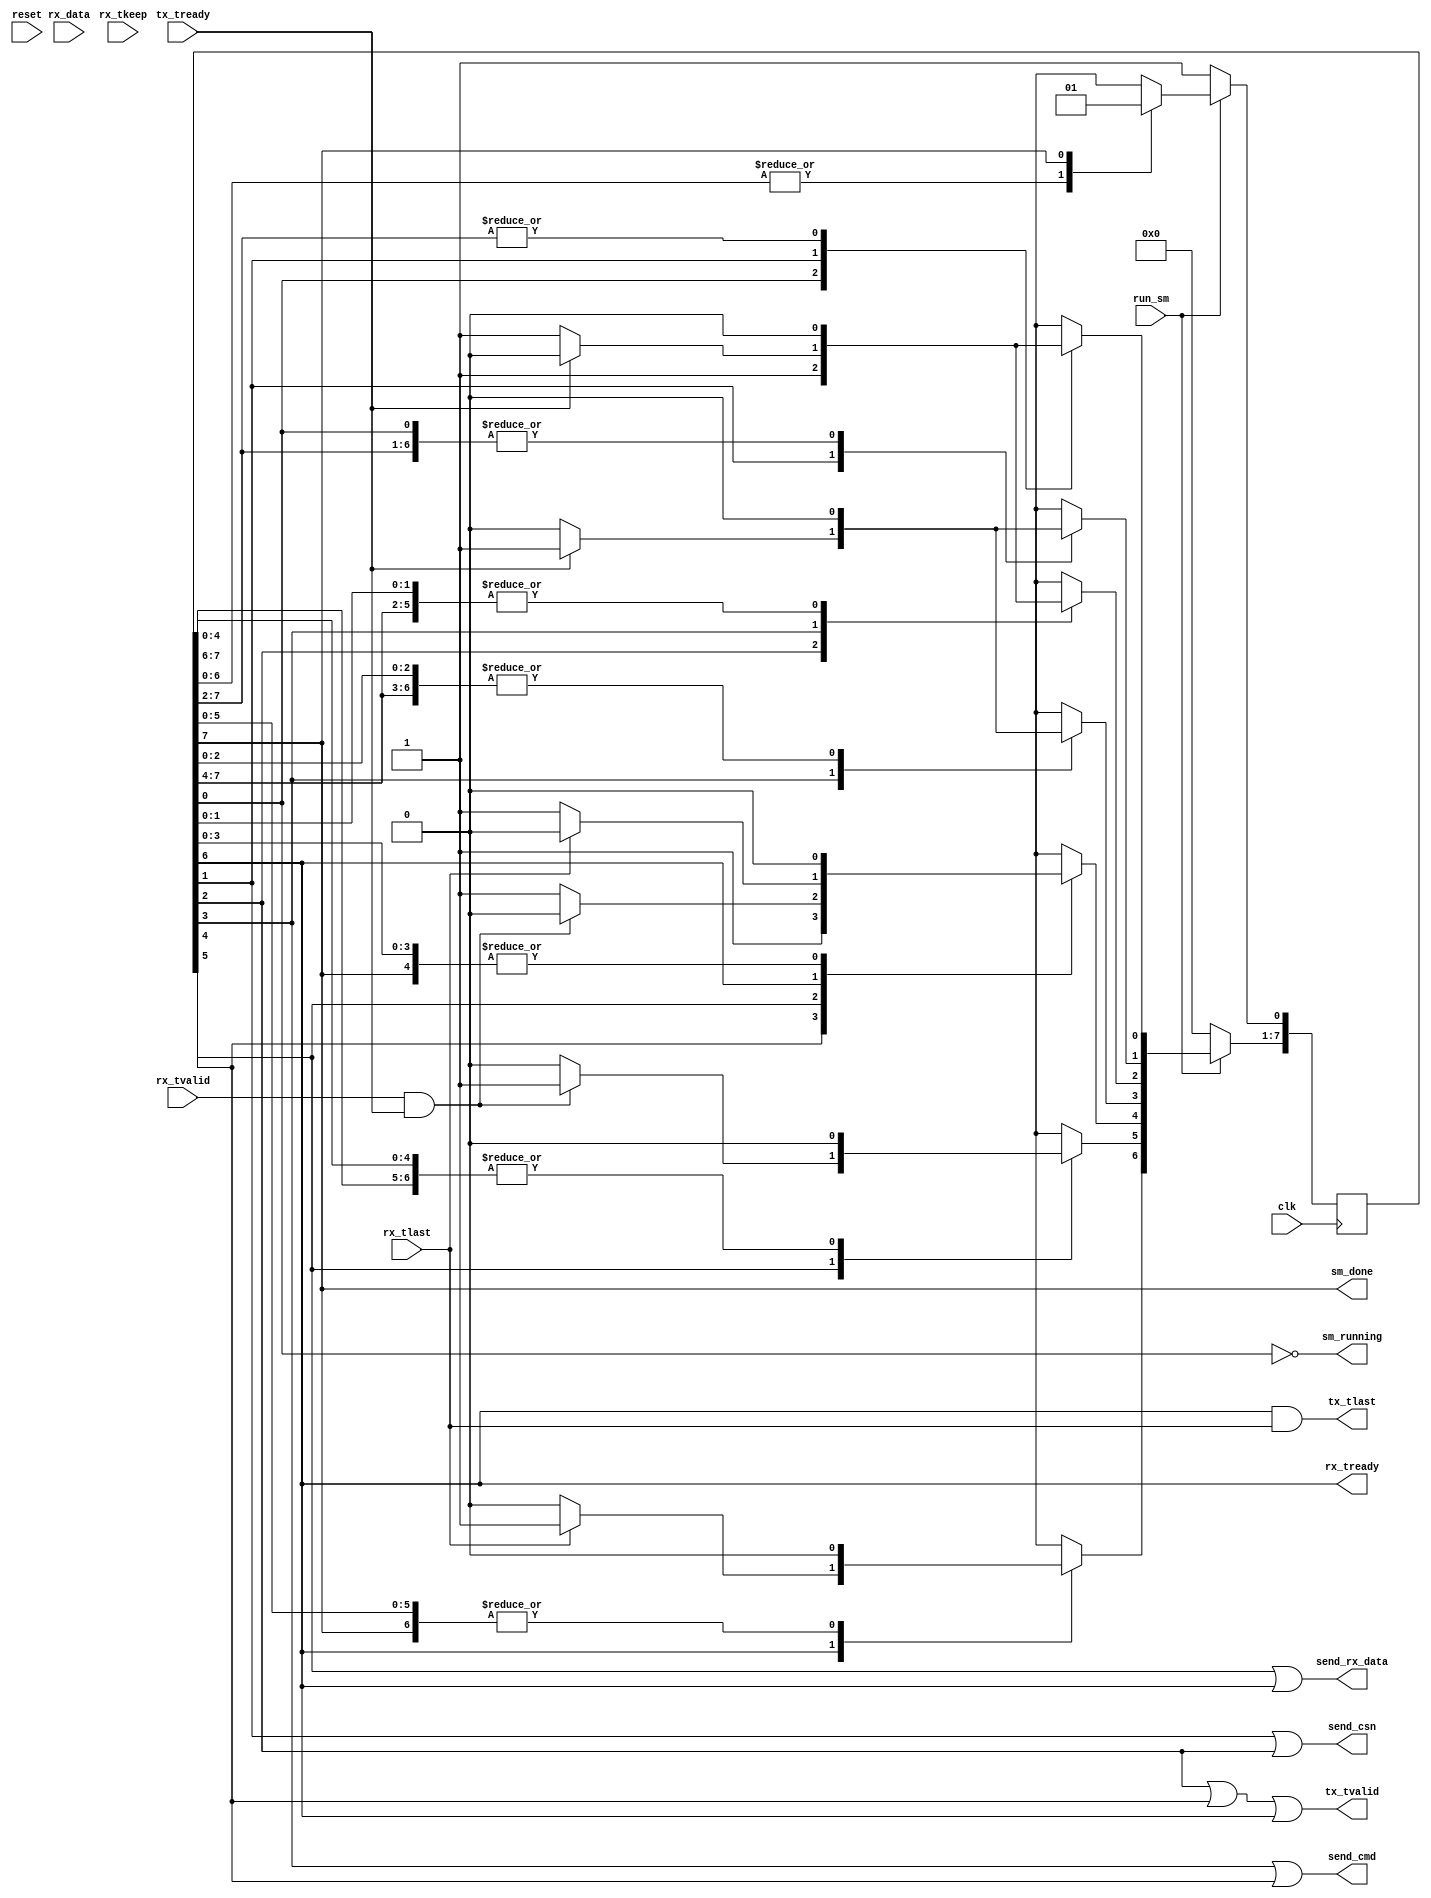
// Structure of a 'command packet':
// 1) Command Serial Number (CSN)
// 2) Command Code (CC)
// 3) Command Data Count (CDC)
// 4) Command Data #1 (if needed) (CD1)
// 5..end) Additional Command Data (CD2...)
 
// Structure of a 'response packet':
// 1) Response Serial Number (RSN)
// 2) Response Code (RC)
// 3) Response Data Count (RDC)
// 4) Response Data #1 (if needed) (RD1)
// 5..end) Additional Response Parameters (RD2...)
 
module cc_loopback_sm (
	input clk,					// local clock
	input reset,				// active-high

	input run_sm,  		 	    // run this state machine
	output sm_running,			// we are running
	output sm_done,				// we are finished

	input rx_tvalid,            // valid data is available
    input [31:0] rx_data,       // received data
    input [0:3] rx_tkeep,       // which bytes are valid, should always be all of them
    input rx_tlast,             // final word in the frame
    output rx_tready,           // signal that we are accepting the data from the fifo

	output tx_tvalid,            // the data we are presenting is valid
    output tx_tlast,             // this is the final word in the frame
    input tx_tready,             // signal that the TX fifo has accepted the data

	output send_csn,			// send the CSN
	output send_cmd,			// send the CC
	output send_rx_data			// mux source is RX FIFO
);

	reg was_last_reg;            // remembers when 'rx_last' is received
	
    // Everything is already synchronous to the clock.

	// State machine for executing the 'loopback' command
	// Leave the comments containing "synopsys" in your HDL code.
 
	// Declare the symbolic names for states for the state machine
	// Simplified one-hot encoding (each constant is an index into an array of bits)
	parameter [2:0]
		IDLE       = 3'd0,
		ECHO_CSN1  = 3'd1,
		ECHO_CSN2  = 3'd2,
		ECHO_CC1   = 3'd3,
		ECHO_CC2   = 3'd4,
		ECHO_DATA1 = 3'd5,
		ECHO_DATA2 = 3'd6,
		DONE       = 3'd7;

	// Declare current state and next state variables
	reg [7:0] /* synopsys enum STATE_TYPE */ CS;
	reg [7:0] /* synopsys enum STATE_TYPE */ NS;
	//synopsys state_vector CS

 
	// sequential always block for state transitions (use non-blocking [<=] assignments)
	// Reset the sm whenever we are not enabled
	always @ (posedge clk) begin
		if (!run_sm) begin
			CS <= 8'd0;	  // set all state bits to 0
			CS[IDLE] <= 1'b1; // set IDLE state bit to 1
		end
		else CS <= NS;		  // set state bits to next state
	end

	// combinational always block to determine next state  (use blocking [=] assignments) 
	always @ (CS or rx_tvalid or rx_tlast or tx_tready or was_last_reg) begin
		NS = 8'd0; // default all bits to zero; will overrride one bit

		case (1'b1) //synopsys full_case parallel_case

			// We will be in the IDLE state whenever the command dispatcher does not enable us.
			// Once enabled, immediately start working
			CS[IDLE]: begin
					// Start echoing CSN.
					NS[ECHO_CSN1] = 1'b1;
			end

			// We enter the ECHO_CSN1 state whenever we have started.
			// We stay here until the TX FIFO  is ready to accept data
			// The CSN is routed to the TX FIFO
			CS[ECHO_CSN1]: begin
				// Wait for the TX fifo to be ready.
				if (tx_tready)
					// Prepare to transmit the CSN
					NS[ECHO_CSN2] = 1'b1;
				else
					// Stay here
					NS[ECHO_CSN1] = 1'b1;
			end

			// We enter the ECHO_CSN2 state whenever the TX fifo is ready to accept the CSN.
			// We stay here for one cycle, during which we assert 'tx_tvalid'
			CS[ECHO_CSN2]: begin
				NS[ECHO_CC1] = 1'b1;
			end

			// We enter the ECHO_CC1 state whenever we have send the CSN
			// We stay here until the TX FIFO is ready to accept data
			// The CC is routed to the TX FIFO
			CS[ECHO_CC1]: begin
				// Wait for the TX fifo to be ready.
				if (tx_tready)
					// Prepare to transmit the CC
					NS[ECHO_CC2] = 1'b1;
				else
					// Stay here
					NS[ECHO_CC1] = 1'b1;
			end

			// We enter the ECHO_CC2 state whenever the TX fifo is ready to accept the CC.
			// We stay here for one cycle, during which we assert 'tx_tvalid'
			CS[ECHO_CC2]: begin
				NS[ECHO_DATA1] = 1'b1;
			end

			// We enter the ECHO_DATA1 state after we have transmitted the CC.
			// We stay here until we have received valid data and the TX FIFO is
			// ready to accept data.
			// The RX data is routed to the TX FIFO
			CS[ECHO_DATA1]: begin
				if (rx_tvalid && tx_tready)
					// data is available, echo it back
					NS[ECHO_DATA2] = 1'b1;
				else
					// Stay here.
					NS[ECHO_DATA1] = 1'b1;
			end

			// We enter the ECHO_DATA2 state whenever we have data ready to loopback.
			// We stay here for one cycle, during which 'rx_tready' is asserted to
			// tell the RX FIFO that we have used the data, 'tx_tvalid' is asserted to tell
			// the TX FIFO that it is seeing good data.
			// The RX data is routed to the TX FIFO
			CS[ECHO_DATA2]: begin
				// See if LAST is asserted.
				if (rx_tlast)
					// We are done
					NS[DONE] = 1'b1;
				else
					// Go back and wait for more data
					NS[ECHO_DATA1] = 1'b1;
			end

			// We enter the DONE state whenever we have finished this command.
			// We stay here for one cycle
			CS[DONE]: begin
				// go wait for another command.
				NS[IDLE] = 1'b1;
			end

		endcase
	end // combinational always block to determine next state

	
	// outputs are based on states
	// assert 'sm_running' whenever we are not in the IDLE state
	assign sm_running = !(CS[IDLE] == 1'b1);

	// assert 'sm_done' whenever we are in the DONE state
	assign sm_done = (CS[DONE] == 1'b1);

	assign send_csn     = (CS[ECHO_CSN1]  == 1'b1 || CS[ECHO_CSN2]  == 1'b1); // send the CSN
	assign send_cmd     = (CS[ECHO_CC1]   == 1'b1 || CS[ECHO_CC2]   == 1'b1); // send the CC
	assign send_rx_data = (CS[ECHO_DATA1] == 1'b1 || CS[ECHO_DATA2] == 1'b1); // mux source is RX FIFO
	assign rx_tready    = (CS[ECHO_DATA2] == 1'b1); 
	assign tx_tvalid    = (CS[ECHO_CSN2]  == 1'b1 || CS[ECHO_CC2]   == 1'b1 || CS[ECHO_DATA2] == 1'b1);
	assign tx_tlast     = (CS[ECHO_DATA2] == 1'b1) && rx_tlast;
	
endmodule